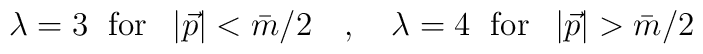
\lambda =3\;\mbox{ for }\;\left| \vec{p}\right| <\bar{m}/2\quad , \quad \lambda =4\;\mbox{ for }\;\left| \vec{p}\right| >\bar{m}/2